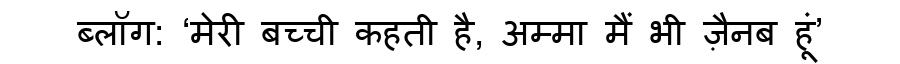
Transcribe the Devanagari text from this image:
ब्लॉग: ‘मेरी बच्ची कहती है, अम्मा मैं भी ज़ैनब हूं’